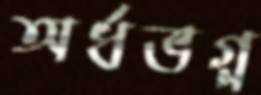
অর্ধভগ্ন